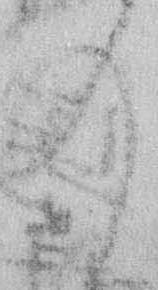
入